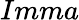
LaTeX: Imma